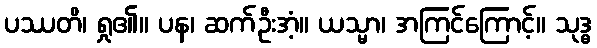
ပဿတိ၊ ရှု၏။ ပန၊ ဆက်ဦးအံ့။ ယသ္မာ၊ အကြင်ကြောင့်။ သုဒ္ဓ